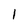
Character: 1